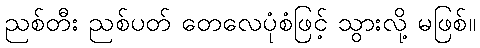
ညစ်တီး ညစ်ပတ် တေလေပုံစံဖြင့် သွားလို့ မဖြစ်။